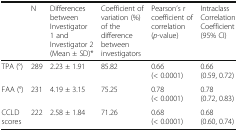
<table><thead><tr><td></td><td><b>N</b></td><td><b>Differences between Investigator 1 and Investigator 2 (Mean ± SD)*</b></td><td><b>Coefficient of variation (%) of the difference between investigators</b></td><td><b>Pearson’s r coefficient of correlation (<i>p</i>-value)</b></td><td><b>Intraclass Correlation Coefficient (95% CI)</b></td></tr></thead><tbody><tr><td>TPA (°)</td><td>289</td><td>2.23 ± 1.91</td><td>85.82</td><td>0.66 (&lt; 0.0001)</td><td>0.66 (0.59, 0.72)</td></tr><tr><td>FAA (°)</td><td>231</td><td>4.19 ± 3.15</td><td>75.25</td><td>0.78 (&lt; 0.0001)</td><td>0.78 (0.72, 0.83)</td></tr><tr><td>CCLD scores</td><td>222</td><td>2.58 ± 1.84</td><td>71.26</td><td>0.68 (&lt; 0.0001)</td><td>0.68 (0.60, 0.74)</td></tr></tbody></table>